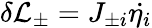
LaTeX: \delta{\cal L}_{\pm}=J_{\pm i}\dot{\eta_{i}}